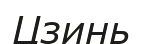
Цзинь